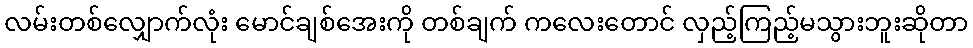
လမ်းတစ်လျှောက်လုံး မောင်ချစ်အေးကို တစ်ချက် ကလေးတောင် လှည့်ကြည့်မသွားဘူးဆိုတာ